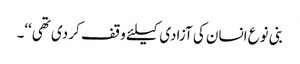
بنی نوع انسان کی آزادی کیلئے وقف کر دی تھی‘‘۔